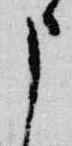
申